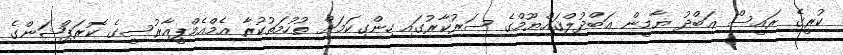
ކުރީގެ ރައީސް ޢަބްދު ޔާމީން ޢަބްދުލްޤައްޔޫމްގެ ސަރުކާރުގައި ހިންގިކަމަށް ތުހުމަތުކުރާ އެމްއެމްޕީއާރުސީގެ ކޮރަޕްޝަންގެ